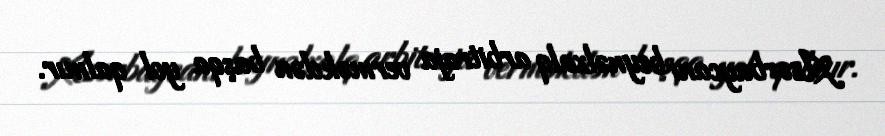
Azərbaycanı beynəlxalq arbitraja verməkdən başqa yol qalmır.